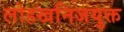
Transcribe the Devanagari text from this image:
लोहखनिजयुक्त